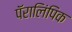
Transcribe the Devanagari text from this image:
पॅरालिंपिक